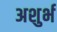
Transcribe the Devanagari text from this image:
अशुर्भ